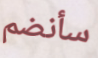
سأنضم